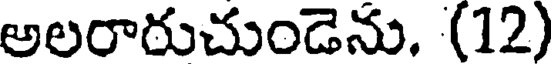
అలరారుచుండెను. (12)